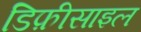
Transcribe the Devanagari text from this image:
डिफ़ीसाइल